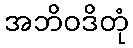
အဘိဝဒိတုံ